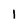
Character: 1